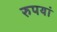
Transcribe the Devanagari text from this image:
रुपयां